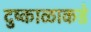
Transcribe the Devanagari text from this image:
दुष्काळाकडे